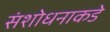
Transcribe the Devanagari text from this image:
संशोधनाकडे